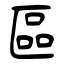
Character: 區